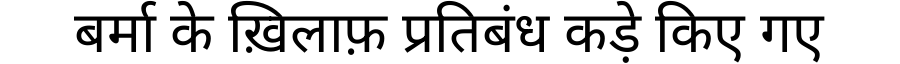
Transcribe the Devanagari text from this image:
बर्मा के ख़िलाफ़ प्रतिबंध कड़े किए गए